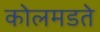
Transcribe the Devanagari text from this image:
कोलमडते